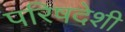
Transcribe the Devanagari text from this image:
परिषदेशी